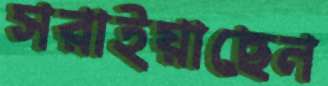
সরাইয়াছেন